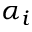
\alpha _ { i }